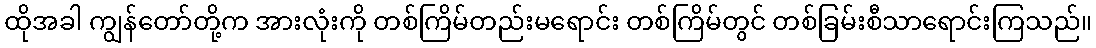
ထိုအခါ ကျွန်တော်တို့က အားလုံးကို တစ်ကြိမ်တည်းမရောင်း တစ်ကြိမ်တွင် တစ်ခြမ်းစီသာရောင်းကြသည်။